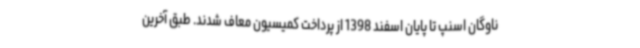
ناوگان اسنپ تا پایان اسفند 1398 از پرداخت کمیسیون معاف شدند. طبق آخرین